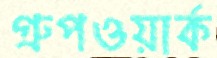
গ্রুপওয়ার্ক